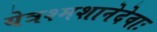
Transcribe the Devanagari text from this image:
येत्रश्मशानेदेवाः